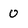
Character: 0